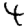
Digit: 4